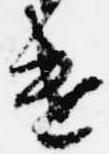
遣